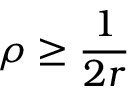
\rho \ge \frac { 1 } { 2 r }